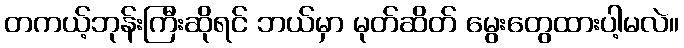
တကယ့်ဘုန်းကြီးဆိုရင် ဘယ်မှာ မုတ်ဆိတ် မွေးတွေထားပါ့မလဲ။